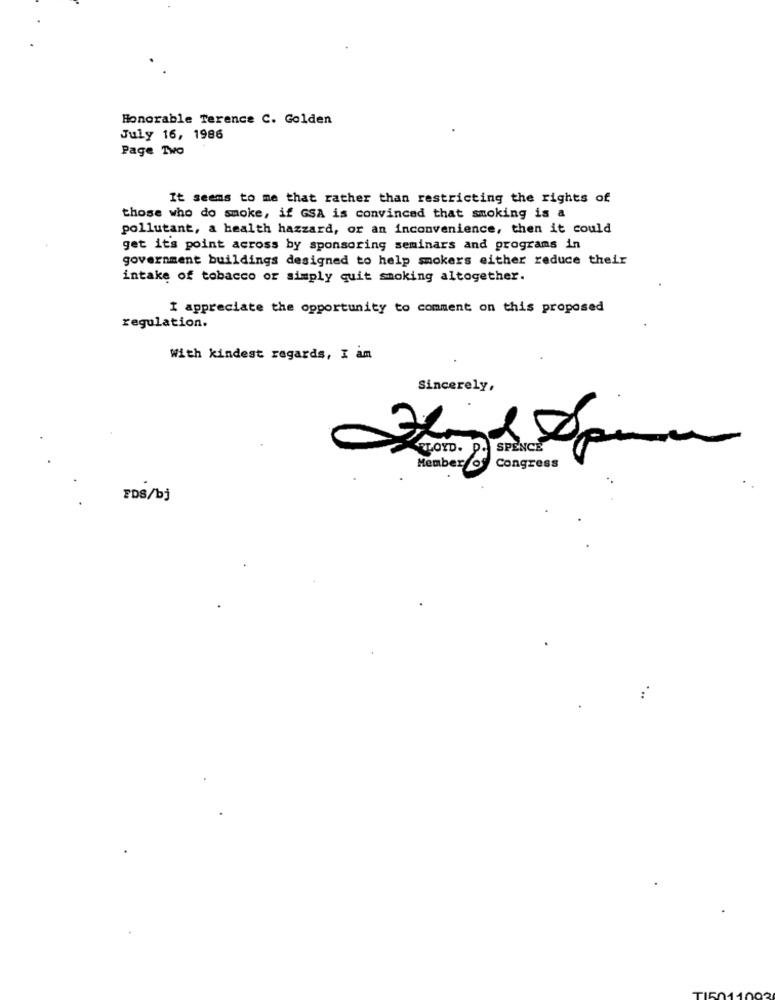
Honorable Terence C. Golden
July 16, 1986
Page Two
It seems to me that rather than restricting the rights of
those who do smoke, if GSA is convinced that smoking is &
pollutant, a health hazzard, or an inconvenience, then it could
get its point across by sponsoring seminars and programs in
government buildings designed to help smokers either reduce their
intake of tobacco or simply quit smoking altogether.
I appreciate the opportunity to comment on this proposed
regulation.
With kindest regards, I am
Sincerely,
Member of Congress
FDS/bj